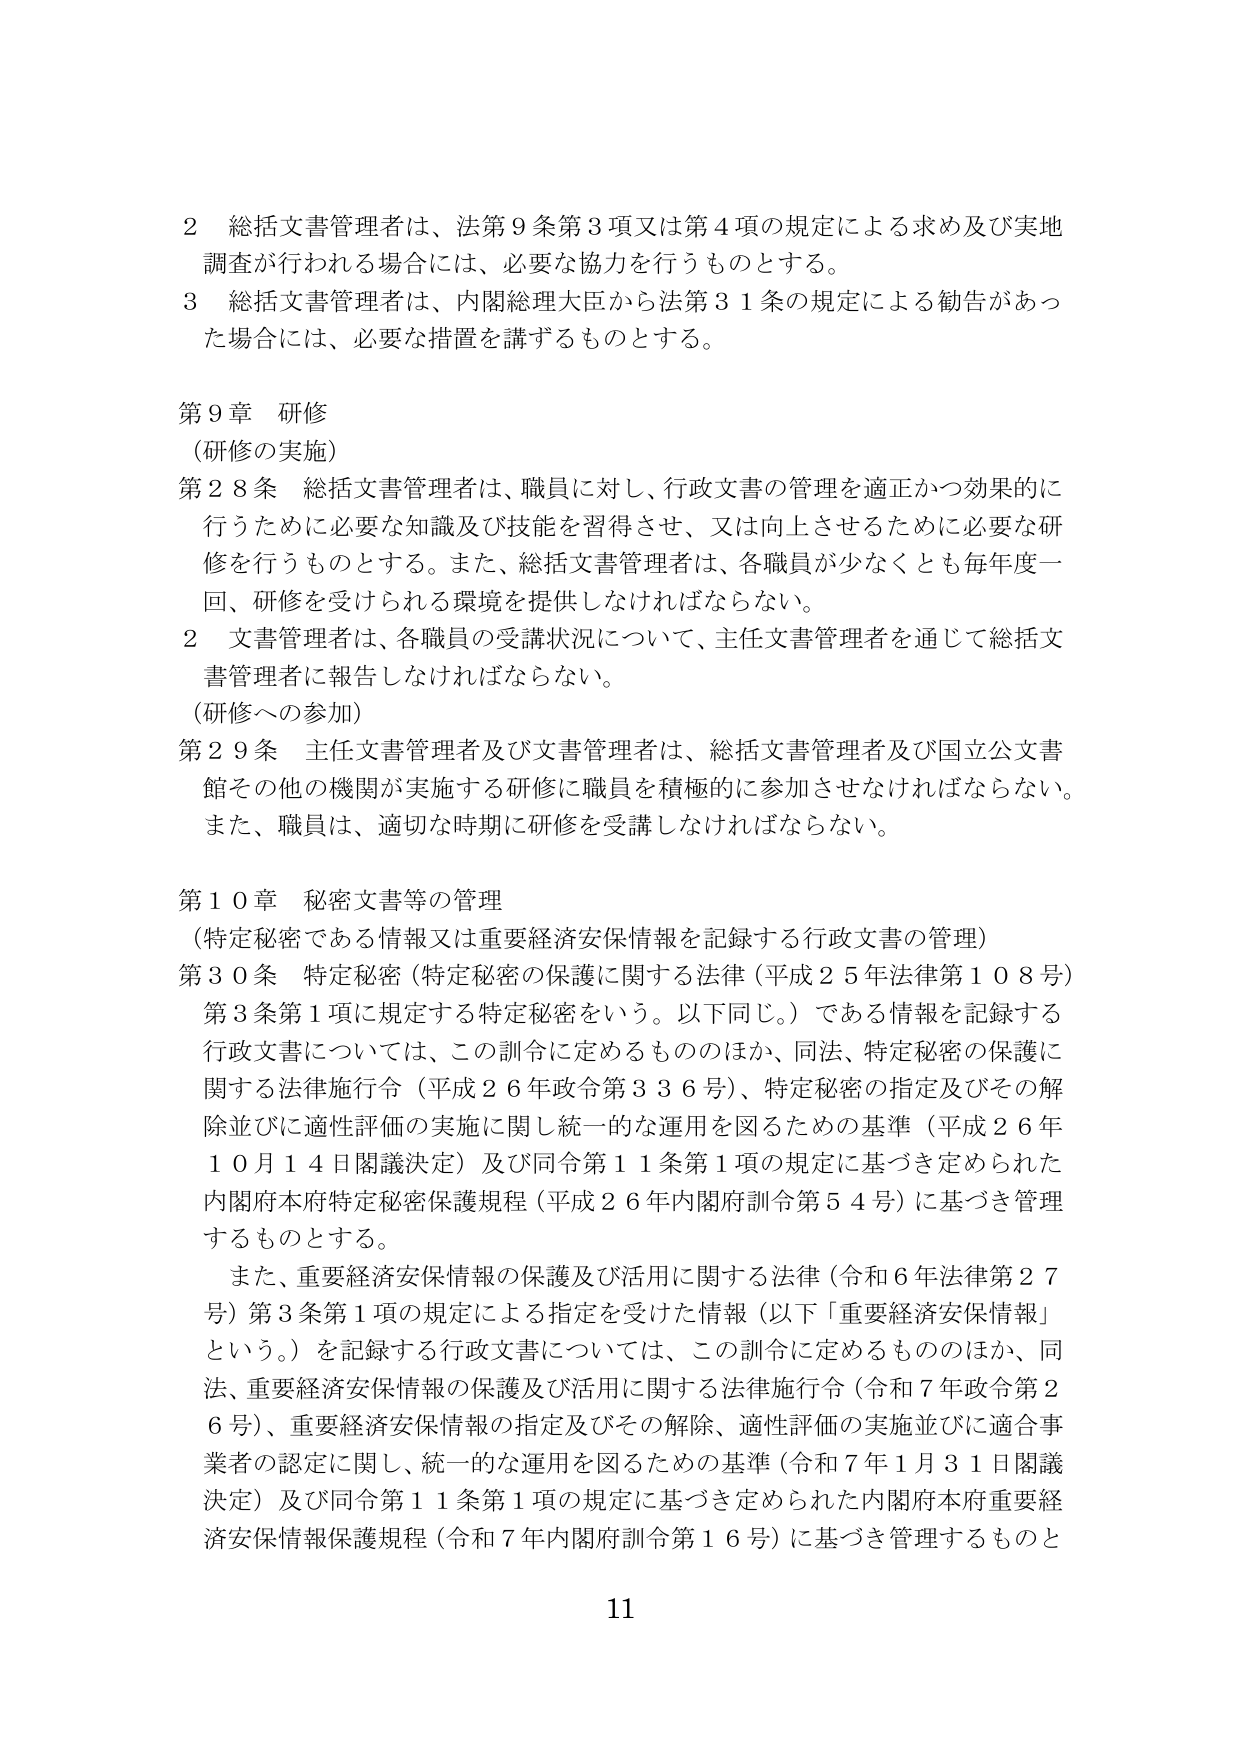
2 総括文書管理者は、法第9条第3項又は第4項の規定による求め及び実地調査が行われる場合には、必要な協力を行うものとする。

3 総括文書管理者は、内閣総理大臣から法第31条の規定による勧告があった場合には、必要な措置を講ずるものとする。

第9章 研修
（研修の実施）
第28条 総括文書管理者は、職員に対し、行政文書の管理を適正かつ効果的に行うために必要な知識及び技能を習得させ、又は向上させるために必要な研修を行うものとする。また、総括文書管理者は、各職員が少なくとも毎年度一回、研修を受けられる環境を提供しなければならない。

2 文書管理者は、各職員の受講状況について、主任文書管理者を通じて総括文書管理者に報告しなければならない。

（研修への参加）
第29条 主任文書管理者及び文書管理者は、総括文書管理者及び国立公文書館その他の機関が実施する研修に職員を積極的に参加させなければならない。また、職員は、適切な時期に研修を受講しなければならない。

第10章 秘密文書等の管理
（特定秘密である情報又は重要経済安保情報を記録する行政文書の管理）
第30条 特定秘密（特定秘密の保護に関する法律（平成25年法律第108号）第3条第1項に規定する特定秘密をいう。以下同じ。）である情報を記録する行政文書については、この訓令に定めるもののほか、同法、特定秘密の保護に関する法律施行令（平成26年政令第336号）、特定秘密の指定及びその解除並びに適性評価の実施に関し統一的な運用を図るための基準（平成26年10月14日閣議決定）及び同令第11条第1項の規定に基づき定められた内閣府本府特定秘密保護規程（平成26年内閣府訓令第54号）に基づき管理するものとする。

また、重要経済安保情報の保護及び活用に関する法律（令和6年法律第27号）第3条第1項の規定による指定を受けた情報（以下「重要経済安保情報」という。）を記録する行政文書については、この訓令に定めるもののほか、同法、重要経済安保情報の保護及び活用に関する法律施行令（令和7年政令第26号）、重要経済安保情報の指定及びその解除、適性評価の実施並びに適合事業者の認定に関し、統一的な運用を図るための基準（令和7年1月31日閣議決定）及び同令第11条第1項の規定に基づき定められた内閣府本府重要経済安保情報保護規程（令和7年内閣府訓令第16号）に基づき管理するものと

11